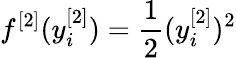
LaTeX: f^{[2]}(y_{i}^{[2]})=\frac{1}{2}(y_{i}^{[2]})^{2}